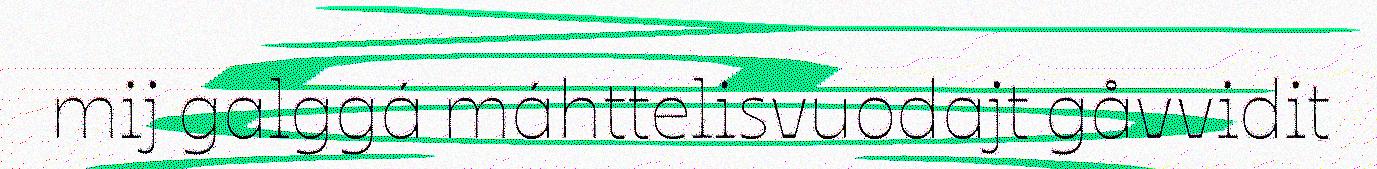
mij galggá máhttelisvuodajt gåvvidit